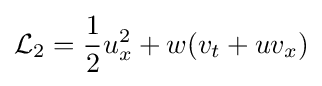
{\mathcal {L}}_{2}={\frac {1}{2}}u_{x}^{2}+w(v_{t}+uv_{x})